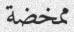
ممخضة